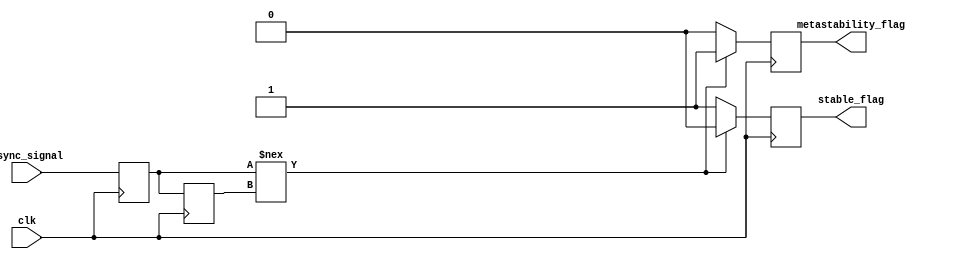
module metastability_detector (
    input wire clk,                // Clock signal
    input wire async_signal,       // Asynchronous input signal to monitor
    output reg metastability_flag, // Flag indicating metastability
    output reg stable_flag          // Flag indicating stable output
);

    // Internal signals
    reg latch1_out;                // Output of the first latch
    reg latch2_out;                // Output of the second latch

    // Parameters for timing (adjust as necessary)
    parameter STABLE_TIME = 2;     // Number of clock cycles to consider for stability

    // Latch 1: Sample the asynchronous input signal
    always @(posedge clk) begin
        latch1_out <= async_signal;
    end

    // Latch 2: Sample the output of the first latch
    always @(posedge clk) begin
        latch2_out <= latch1_out;
    end

    // Metastability detection logic
    always @(posedge clk) begin
        // Initialize flags
        metastability_flag <= 1'b0;
        stable_flag <= 1'b0;

        // Check for metastability condition
        if (latch1_out !== latch2_out) begin
            metastability_flag <= 1'b1; // Indicate potential metastability
        end else begin
            stable_flag <= 1'b1; // Indicate stable output
        end
    end

endmodule